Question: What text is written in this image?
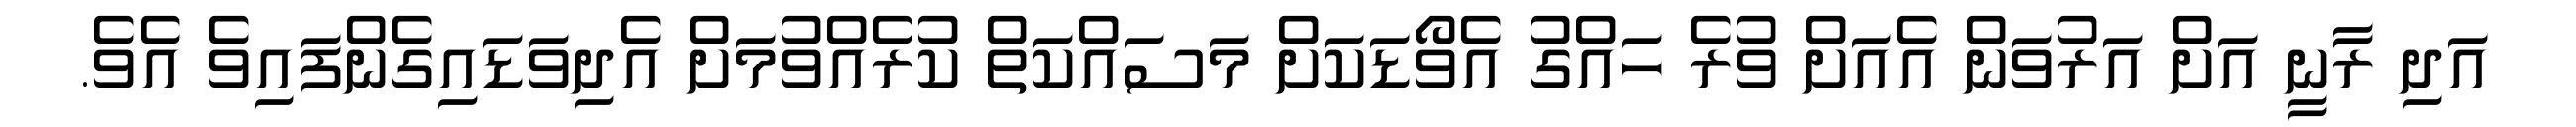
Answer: އަދި ރާނީ އަށް އަރުވަން އެއަށް ވުރެ ހައްގު އެވޯޑަކަށް މަސައްކަތް ކުރެއްވުމަށް އެދިވަޑައިގެންފައިވެ އެވެ.